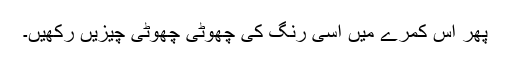
پِھر اس کمرے میں اسی رنگ کی چھوٹی چھوٹی چیزیں رکھیں۔